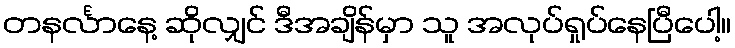
တနင်္လာနေ့ ဆိုလျှင် ဒီအချိန်မှာ သူ အလုပ်ရှုပ်နေပြီပေါ့။